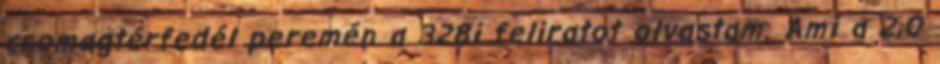
csomagtérfedél peremén a 328i feliratot olvastam. Ami a 2,0